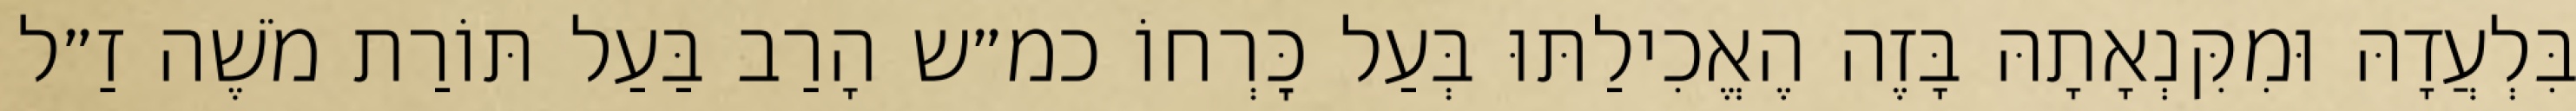
בִּלְעֲדָהּ וּמִקִּנְאָתָהּ בָּזֶה הֶאֱכִילַתּוּ בְּעַל כׇּרְחוֹ כמ״ש הָרַב בַּעַל תּוֹרַת מֹשֶׁה זַ״ל